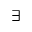
\exists